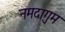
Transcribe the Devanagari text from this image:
नमदागुम